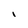
Character: l